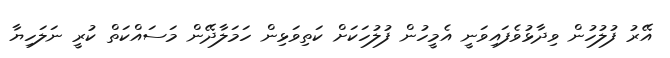
އޭރު ފުލުހުން ވިދާޅުވެފައިވަނީ އެމީހުން ފުލުހަކަށް ކަތިވަޅިން ހަމަލާދޭން މަސައްކަތް ކުރީ ނަލަހިޔާ